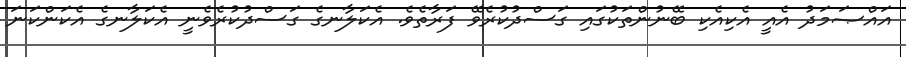
އައްޞަމަދު އެއީ އެކިއެކި ބޭނުންތަކުގައި ގަސްދުކުރެވޭ ފަރާތެވެ. އެކަލާނގެ ގަސްދުކުރެވެނީ އެކަލާނގެ އެކަންކަނަ